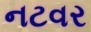
નટવર